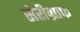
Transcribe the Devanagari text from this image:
सेरीग्राफ